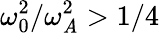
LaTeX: \omega_{0}^{2}/\omega_{\mathit{A}}^{2}>1/4